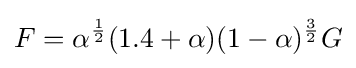
F=\alpha ^{\frac {1}{2}}(1.4+\alpha )(1-\alpha )^{\frac {3}{2}}G